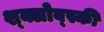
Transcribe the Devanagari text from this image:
श्क्लोव्स्की